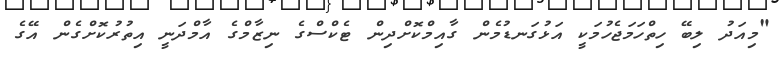
"މިއަދު ލިބޭ ހިތްހަމަޖެހުމަކީ އަޅުގަނޑުމެން ގާއިމްކޮށްދިން ޓެކްސްގެ ނިޒާމްގެ އާމްދަނީ އިތުރުކޮށްގެން އޭގެ